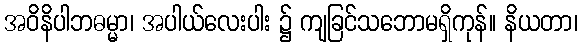
အဝိနိပါဘဓမ္မာ၊ အပါယ်လေးပါး ၌ ကျခြင်သဘောမရှိကုန်။ နိယတာ၊